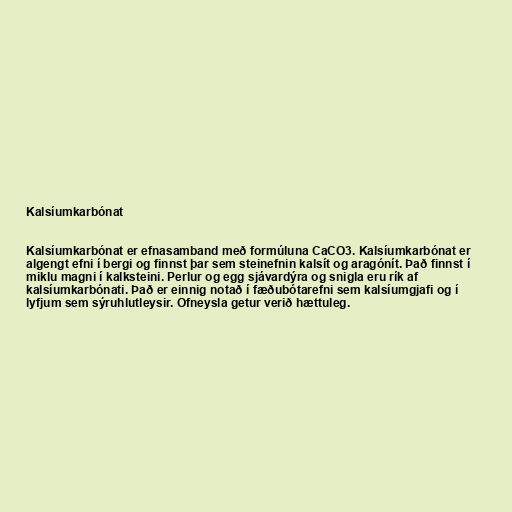
Kalsíumkarbónat

Kalsíumkarbónat er efnasamband með formúluna CaCO3. Kalsíumkarbónat er
algengt efni í bergi og finnst þar sem steinefnin kalsít og aragónít. Það finnst í
miklu magni í kalksteini. Perlur og egg sjávardýra og snigla eru rík af
kalsíumkarbónati. Það er einnig notað í fæðubótarefni sem kalsíumgjafi og í
lyfjum sem sýruhlutleysir. Ofneysla getur verið hættuleg.